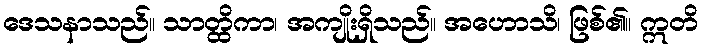
ဒေသနာသည်။ သာတ္ထိကာ၊ အကျိုးရှိသည်။ အဟောသိ၊ ဖြစ်၏။ ဣတိ